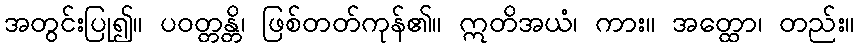
အတွင်းပြု၍။ ပဝတ္တန္တိ၊ ဖြစ်တတ်ကုန်၏။ ဣတိအယံ၊ ကား။ အတ္ထော၊ တည်း။